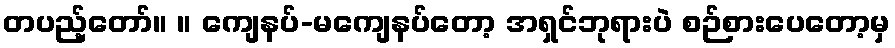
တပည့်တော်။ ။ ကျေနပ်-မကျေနပ်တော့ အရှင်ဘုရားပဲ စဉ်စားပေတော့မှ